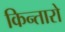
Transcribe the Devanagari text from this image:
किन्तारो